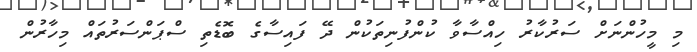
މި މީހުންނަށް ސަރުކާރު ހިއްސާވާ ކުންފުނިތަކުން ދޭ ފައިސާގެ ބޮޑެތި ސްޕަންސަރުތައް މިހާރުން